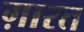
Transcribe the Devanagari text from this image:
ग़ारत